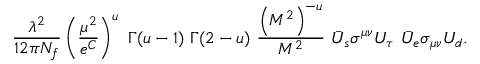
{ \frac { \lambda ^ { 2 } } { 1 2 \pi N _ { f } } } \left( { \frac { \mu ^ { 2 } } { e ^ { C } } } \right) ^ { u } \ { \Gamma ( u - 1 ) \ \Gamma ( 2 - u ) } \ { \frac { \left( M ^ { 2 } \right) ^ { - u } } { M ^ { 2 } } } \ \bar { U } _ { s } \sigma ^ { \mu \nu } U _ { \tau } \ \bar { U } _ { e } \sigma _ { \mu \nu } U _ { d } .